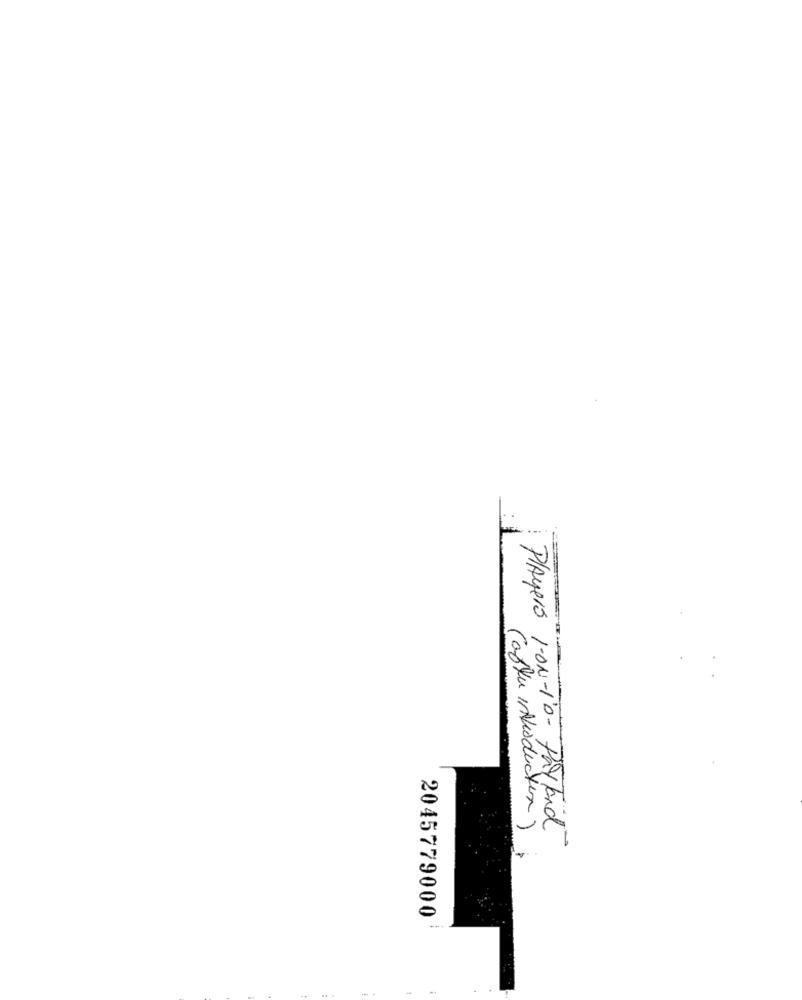
(after invioduction)
Players 1-ON-10- Payland
2045779000